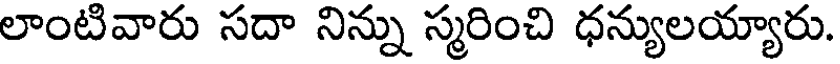
లాంటివారు సదా నిన్ను స్మరించి ధన్యులయ్యారు.